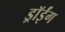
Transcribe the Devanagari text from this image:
ड्रॉईंग